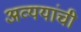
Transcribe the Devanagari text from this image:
अव्ययांची